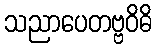
သညာပေတဗ္ဗဝိဓိ